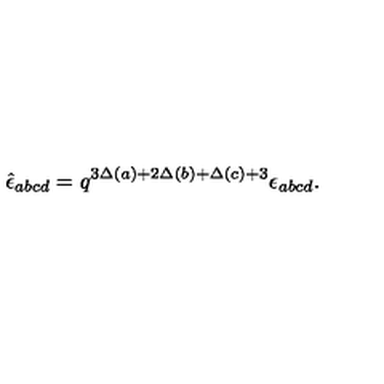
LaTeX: \hat { \epsilon } _ { a b c d } = q ^ { 3 \Delta ( a ) + 2 \Delta ( b ) + \Delta ( c ) + 3 } \epsilon _ { a b c d } .